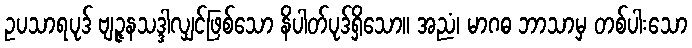
ဥပသာရပုဒ် ဗျဉ္ဇနသဒ္ဒါလျှင်ဖြစ်သော နိပါတ်ပုဒ်ရှိသော။ အညံ၊ မာဂဓ ဘာသာမှ တစ်ပါးသော